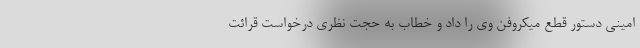
امینی دستور قطع میکروفن وی را داد و خطاب به حجت نظری درخواست قرائت